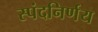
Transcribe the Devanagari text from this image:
स्पंदनिर्णय